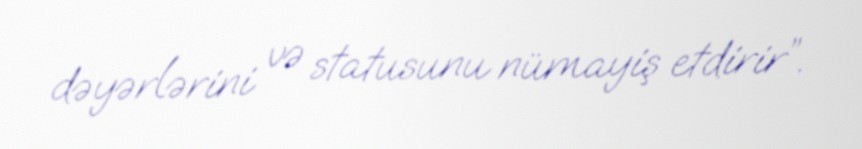
dəyərlərini və statusunu nümayiş etdirir”.